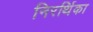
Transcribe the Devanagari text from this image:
निरर्थिका